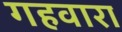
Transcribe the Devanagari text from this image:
गहवारा